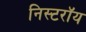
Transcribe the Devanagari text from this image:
निस्टरॉय